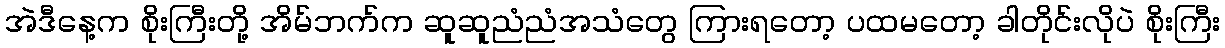
အဲဒီနေ့က စိုးကြီးတို့ အိမ်ဘက်က ဆူဆူညံညံအသံတွေ ကြားရတော့ ပထမတော့ ခါတိုင်းလိုပဲ စိုးကြီး